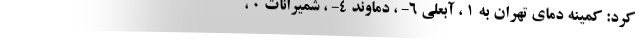
کرد: کمینه دمای تهران به ۱ ، آبعلی ۶- ، دماوند ۴- ، شمیرانات ۰ ،